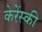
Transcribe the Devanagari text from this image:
केरेंस्की